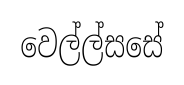
වෙල්ල්සසේ